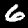
Digit: 6